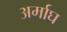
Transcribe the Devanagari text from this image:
अर्माघ